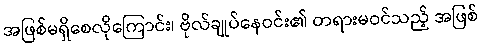
အဖြစ်မရှိစေလိုကြောင်း၊ ဗိုလ်ချုပ်နေဝင်း၏ တရားမဝင်သည့် အဖြစ်